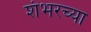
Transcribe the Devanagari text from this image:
शंभरच्या